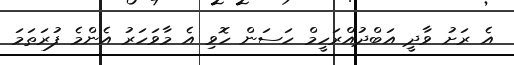
އެ ރަށު ވާދީ އަބްދުއްރަހީމް ހަސަން ހޮވި އެ މާވަހަރު އެންމެ ފުރަތަމަ